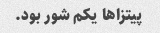
پیتزاها یکم شور بود.